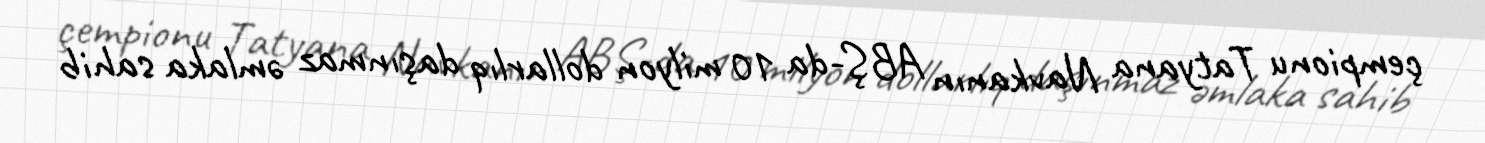
çempionu Tatyana Navkanın ABŞ-da 10 milyon dollarlıq daşınmaz əmlaka sahib